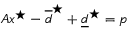
A x ^ { \star } - \overline { d } ^ { \star } + \underline { d } ^ { \star } = p